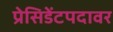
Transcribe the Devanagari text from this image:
प्रेसिडेंटपदावर